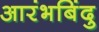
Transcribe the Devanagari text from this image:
आरंभबिंदु